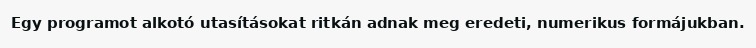
Egy programot alkotó utasításokat ritkán adnak meg eredeti, numerikus formájukban.